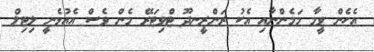
އެހެން ވީމާ މަމެންނާއި އެކު ރަންރީނދޫ ޓްވިޓަރޭ މެން ވެސް އެއުޅެނީ ލިޓިލް